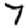
Digit: 7